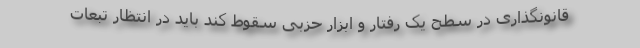
قانونگذاری در سطح یک رفتار و ابزار حزبی سقوط کند باید در انتظار تبعات